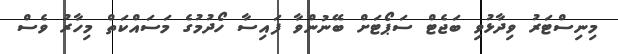
މިނިސްޓަރު ވިދާޅުވި ބަޖެޓް ސަޕޯޓަށް ބޭނުންވާ ފައިސާ ހޯދުމުގެ މަސައްކަތް މިހާރު ވެސް